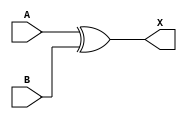
`timescale 1ns / 1ps

module XOR_6bit(
    input [5:0] A,
	 input [5:0] B,
    output [5:0] X
    );
	
	//XOR
	assign X = A ^ B;

endmodule